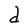
Character: d